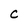
Character: C